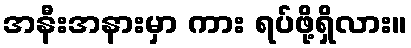
အနီးအနားမှာ ကား ရပ်ဖို့ရှိလား။